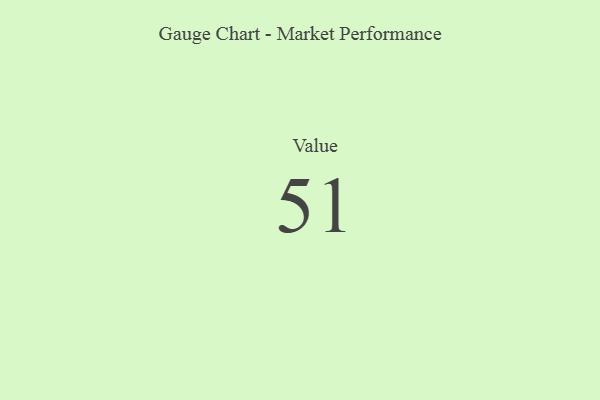
{"axis": {"x": "Metric", "y": "Value"}, "legend": [""], "data": [{"x": "Value", "y": 51, "type": ""}]}